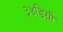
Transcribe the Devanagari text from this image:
३४डिग्री